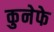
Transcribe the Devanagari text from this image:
कुनेफे